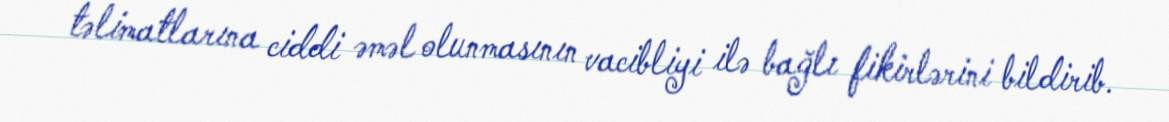
təlimatlarına ciddi əməl olunmasının vacibliyi ilə bağlı fikirlərini bildirib.